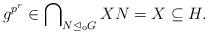
LaTeX: \begin{align*} g^{p^r} \in \bigcap\nolimits_{N \trianglelefteq_\mathrm{o} G} XN = X \subseteq H. \end{align*}